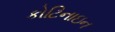
કોટિનાઇન